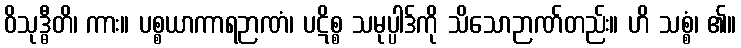
ဝိသုဒ္ဓီတိ၊ ကား။ ပစ္စယာကာရဉာဏံ၊ ပဋိစ္စ သမုပ္ပါဒ်ကို သိသောဉာဏ်တည်း။ ဟိ သစ္စံ၊ ၏။